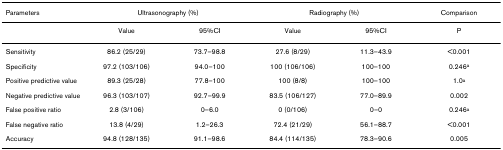
<table><thead><tr><td><b>Parameters</b></td><td colspan="2"><b>Ultrasonography (%)</b></td><td colspan="2"><b>Radiography (%)</b></td><td><b>Comparison</b></td></tr></thead><tbody><tr><td></td><td>Value</td><td>95%CI</td><td>Value</td><td>95%CI</td><td>P</td></tr><tr><td>Sensitivity</td><td>86.2 (25/29)</td><td>73.7–98.8</td><td>27.6 (8/29)</td><td>11.3–43.9</td><td>&lt;0.001</td></tr><tr><td>Specificity</td><td>97.2 (103/106)</td><td>94.0–100</td><td>100 (106/106)</td><td>100–100</td><td>0.246<sup>a</sup></td></tr><tr><td>Positive predictive value</td><td>89.3 (25/28)</td><td>77.8–100</td><td>100 (8/8)</td><td>100–100</td><td>1.0<sup>a</sup></td></tr><tr><td>Negative predictive value</td><td>96.3 (103/107)</td><td>92.7–99.9</td><td>83.5 (106/127)</td><td>77.0–89.9</td><td>0.002</td></tr><tr><td>False positive ratio</td><td>2.8 (3/106)</td><td>0–6.0</td><td>0 (0/106)</td><td>0–0</td><td>0.246<sup>a</sup></td></tr><tr><td>False negative ratio</td><td>13.8 (4/29)</td><td>1.2–26.3</td><td>72.4 (21/29)</td><td>56.1–88.7</td><td>&lt;0.001</td></tr><tr><td>Accuracy</td><td>94.8 (128/135)</td><td>91.1–98.6</td><td>84.4 (114/135)</td><td>78.3–90.6</td><td>0.005</td></tr></tbody></table>